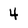
Character: 4